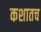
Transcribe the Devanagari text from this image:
कशातच